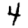
Digit: 4